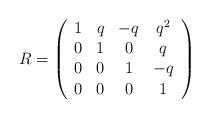
LaTeX: \begin{align*}R=\left(\begin{array}{cccc}1&q&-q&q^2\\0&1&0&q\\0&0&1&-q\\0&0&0&1\end{array} \right) \end{align*}